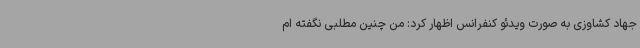
جهاد کشاوزی به صورت ویدئو کنفرانس اظهار کرد: من چنین مطلبی نگفته ام